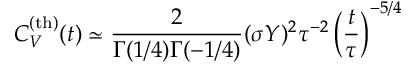
C _ { V } ^ { \mathrm { ( t h ) } } ( t ) \simeq \frac { 2 } { \Gamma ( 1 / 4 ) \Gamma ( - 1 / 4 ) } ( \sigma Y ) ^ { 2 } \tau ^ { - 2 } \left( \frac { t } { \tau } \right) ^ { - 5 / 4 }